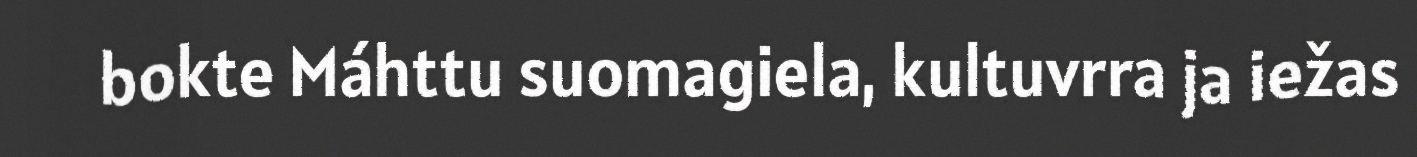
bokte Máhttu suomagiela, kultuvrra ja iežas